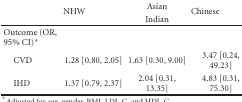
<table><thead><tr><td></td><td rowspan="2"><b>NHW</b></td><td><b>Asian</b></td><td rowspan="2"><b>Chinese</b></td></tr><tr><td></td><td><b>Indian</b></td></tr></thead><tbody><tr><td>Outcome (OR, 95% CI)*</td><td></td><td></td><td></td></tr><tr><td> CVD</td><td>1.28 [0.80, 2.05]</td><td>1.63 [0.30, 9.00]</td><td>3.47 [0.24, 49.23]</td></tr><tr><td> IHD</td><td>1.37 [0.79, 2.37]</td><td>2.04 [0.31, 13.35]</td><td>4.83 [0.31, 75.30]</td></tr></tbody></table>